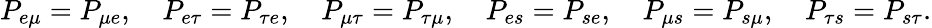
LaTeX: P_{e\mu}=P_{\mu e},\quad P_{e\tau}=P_{\tau e},\quad P_{\mu\tau}=P_{\tau\mu},\quad P_{es}=P_{se},\quad P_{\mu s}=P_{s\mu},\quad P_{\tau s}=P_{s\tau}.